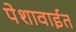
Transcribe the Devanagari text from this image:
पेशावाईत